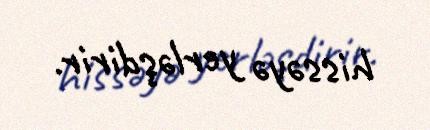
hissəyə yerləşdirir.